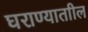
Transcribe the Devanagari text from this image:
घराण्याताील